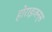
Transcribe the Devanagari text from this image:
होराइजन्स